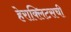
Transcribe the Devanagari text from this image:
हेराक्लिटसची